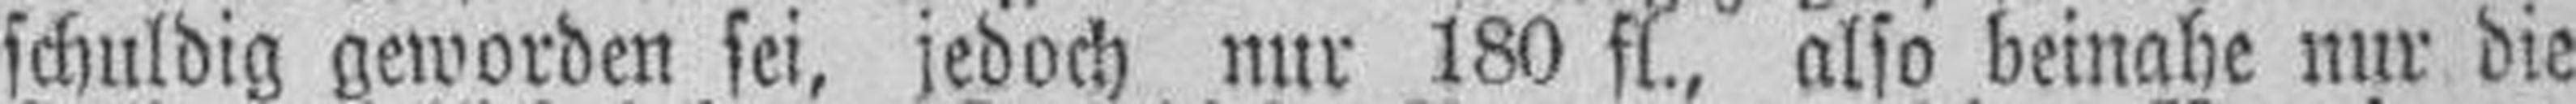
schuldig geworden sei, jedoch nur 180 fl., also beinahe nur die